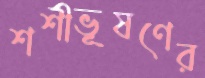
শশীভূষণের